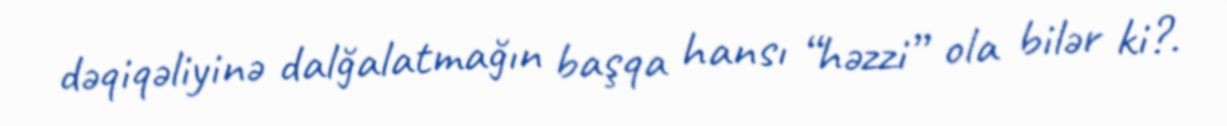
dəqiqəliyinə dalğalatmağın başqa hansı “həzzi” ola bilər ki?.